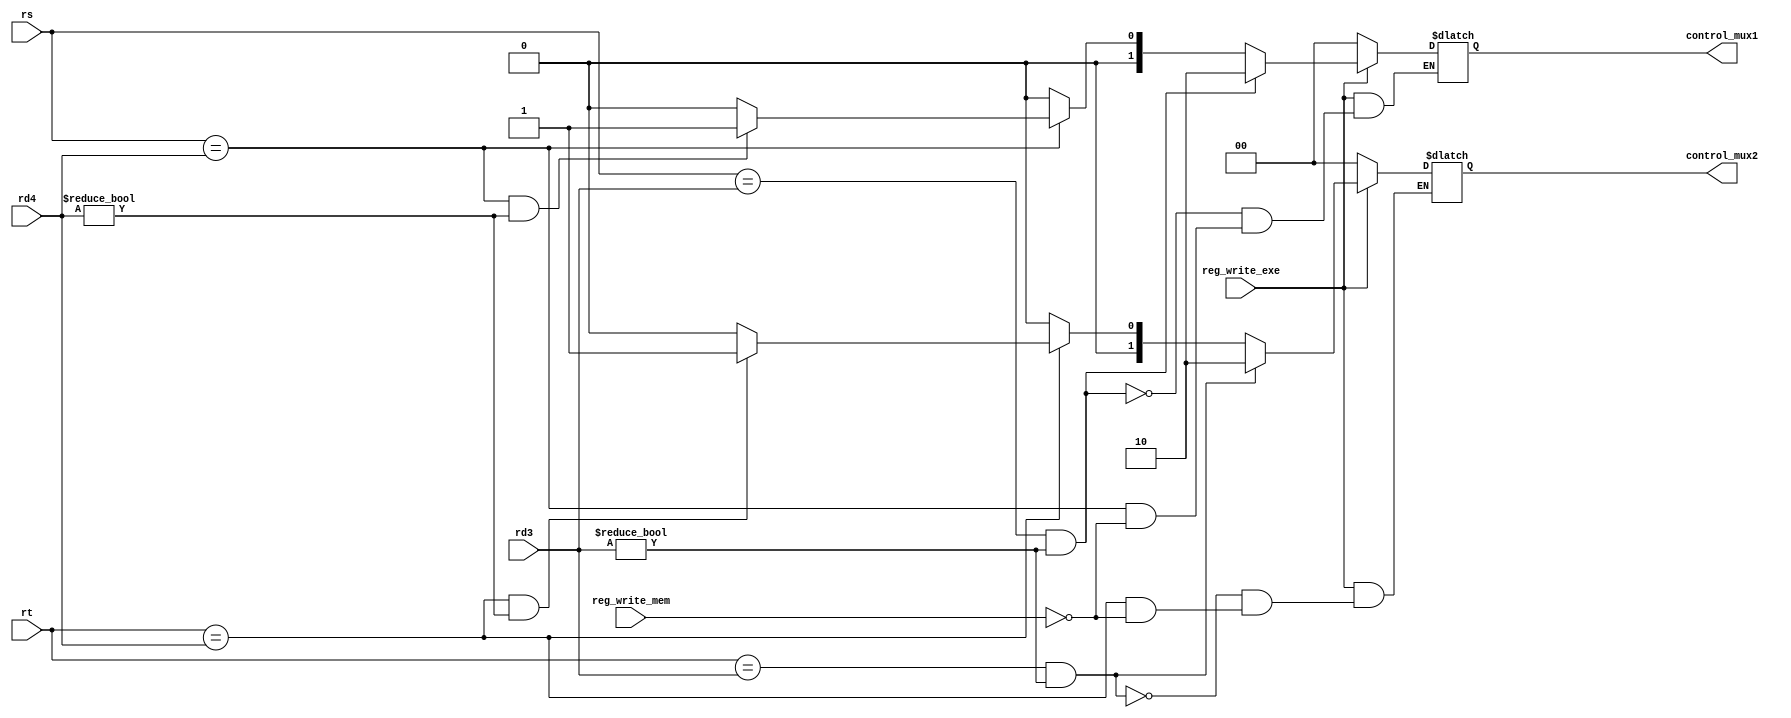
module  Forwarding_Unit ( control_mux1 , control_mux2 ,  rs , rt , rd3 , rd4 , reg_write_exe, reg_write_mem );

/////**** rs and rt come from pipeline register 2 , rd3 come  from pipeline register3 , rd4 from pipeline register 4 .  *****/////////

/////**** reg_write_exe is reg write signal stored in pipelined register 3 and the same for  reg_write_mem   *****////////////

/////**** control_mux1 is register in top . control_mux2 is register below. *****//////

output reg [1:0] control_mux1 , control_mux2;

input [4:0]  rs , rt , rd3 , rd4 ;

input reg_write_exe , reg_write_mem ;

always @ ( rs ,rt , rd3 , rd4 , reg_write_exe , reg_write_mem )
begin
if(reg_write_mem)
begin
	if((rs==rd4) &&(rd4!=0))
	begin
		control_mux1 <= 2'b01 ;
	end
	else
	begin control_mux1 <= 2'b00 ; end 
	if((rt==rd4) &&(rd4!=0))
	begin
		control_mux2 <= 2'b01;
	end
	else
	begin control_mux2 <= 2'b00 ; end 
end

if(reg_write_exe)
begin
	if((rs==rd3) &&(rd3!=0))
	begin
		control_mux1 <= 2'b10 ;
	end
	else if(!(rs==rd4))
	begin control_mux1 <= 2'b00 ; end 
	if((rt==rd3) &&(rd3!=0))
	begin
		control_mux2 <= 2'b10;
	end
	else if(!(rt==rd4))
	begin control_mux2 <= 2'b00 ; end 
end

else
	begin
		control_mux1 <= 2'b00 ;
		control_mux2 <= 2'b00 ;
	end

end


endmodule





/////////////////************** Test Bench for forwarding unit         *********//////////



module testforward ;


reg [4:0] rs , rt , rd3 , rd4 ;

reg reg_write_exe , reg_write_mem ;

wire [1:0] control_mux1 , control_mux2;

Forwarding_Unit F ( control_mux1 , control_mux2 ,  rs , rt , rd3 , rd4 , reg_write_exe, reg_write_mem );

initial


begin


reg_write_exe = 0;
reg_write_mem = 1;

rs = 5'b 10100;
rt = 5'b 10101;
rd3 = 5'b 10100;
rd4 = 5'b10101;   

# 10

reg_write_exe = 1 ;
reg_write_mem = 1;
rs = 5'b 10101;
rt = 5'b 10101;   
rd3 = 5'b 10101;
rd4 = 5'b10101;   


#10

reg_write_exe = 0;
reg_write_mem = 0;
rs = 5'b10101;
rt = 5'b10101;   
rd3 = 5'b10000;
rd4 = 5'b10100; 




end





endmodule